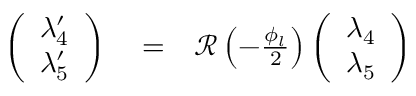
\begin{array} { r l r } { \left( \begin{array} { c } { \lambda _ { 4 } ^ { \prime } } \\ { \lambda _ { 5 } ^ { \prime } } \end{array} \right) } & { { } = } & { { \mathcal R } \left( - \frac { \phi _ { l } } { 2 } \right) \left( \begin{array} { c } { \lambda _ { 4 } } \\ { \lambda _ { 5 } } \end{array} \right) } \end{array}